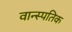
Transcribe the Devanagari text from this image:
वान्स्पतिक